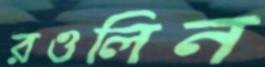
রওলিন